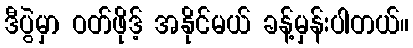
ဒီပွဲမှာ ဝတ်ဖိုဒ့် အနိုင်မယ် ခန့်မှန်းပါတယ်။